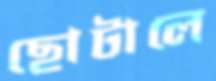
ছোটালে